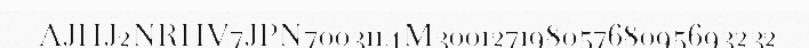
AJHJ2NRHV7JPN7003114M30012719805768095693232